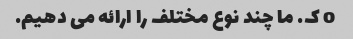
o ک. ما چند نوع مختلف را ارائه می دهیم.